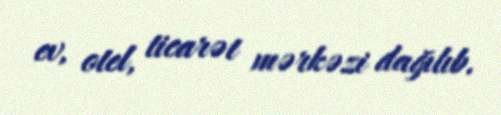
ev, otel, ticarət mərkəzi dağılıb.